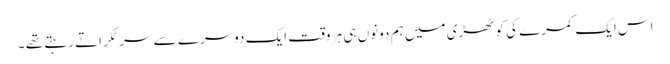
اس ایک کمرے کی کوٹھڑی میں ہم دونوں ہی ہر وقت ایک دوسرے سے سر ٹکراتے رہتے تھے ۔